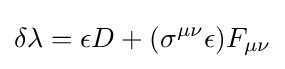
\delta \lambda =\epsilon D+(\sigma ^{\mu \nu }\epsilon )F_{\mu \nu }